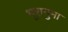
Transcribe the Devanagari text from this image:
भूरानुमा